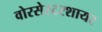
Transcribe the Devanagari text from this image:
वोरसेस्टरशायर